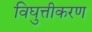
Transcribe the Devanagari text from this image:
विघुत्तीकरण